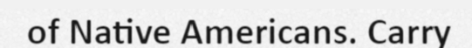
of Native Americans. Carry